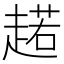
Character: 𧼼